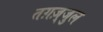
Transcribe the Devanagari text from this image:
तग़ज़्जुल